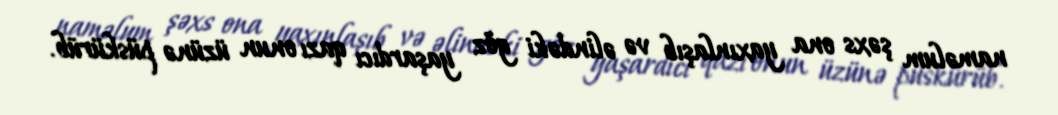
naməlum şəxs ona yaxınlaşıb və əlindəki göz yaşardıcı qazı onun üzünə püskürüb.